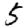
Digit: 5